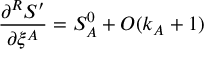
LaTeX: \frac { \partial ^ { R } { \cal S } ^ { \prime } } { \partial \xi ^ { A } } = S _ { A } ^ { 0 } + O ( k _ { A } + 1 )